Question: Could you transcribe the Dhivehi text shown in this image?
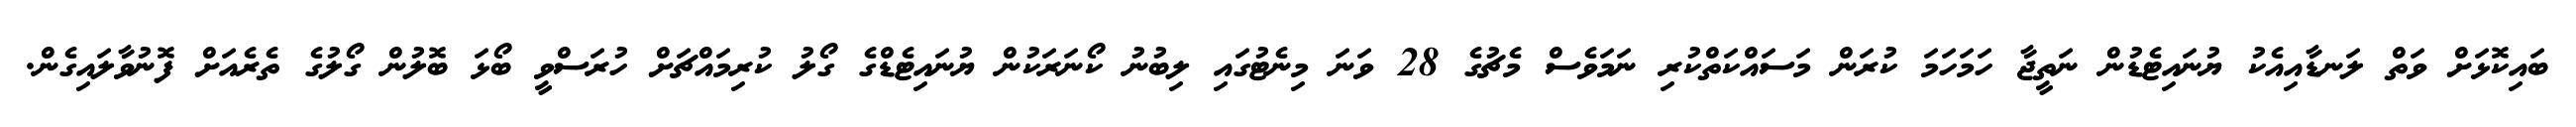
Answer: ބައިކޮޅަށް ވަތް ލަނޑާއިއެކު ޔުނައިޓެޑުން ނަތީޖާ ހަމަހަމަ ކުރަން މަސައްކަތްކުރި ނަމަވެސް މެޗުގެ 28 ވަނަ މިނެޓުގައި ލިބުނު ކޯނަރަކުން ޔުނައިޓެޑްގެ ގޯލު ކުރިމައްޗަށް ހުރަސްވީ ބޯޅަ ބޮލުން ގޯލުގެ ތެރެއަށް ފޮނުވާލައިގެން.